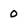
Character: 0